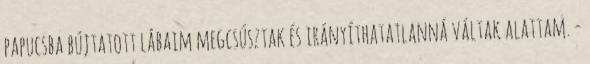
papucsba bújtatott lábaim megcsúsztak és irányíthatatlanná váltak alattam. -